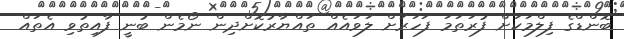
ބޮންޑްގެ ފިލްމަކަށް ފުރަތަމަ ފަހަރަށް ލަވައެއް ތައްޔާރުކޮށްދިން ނޯމެން ބުނީ ފާއިތުވި އެތައް